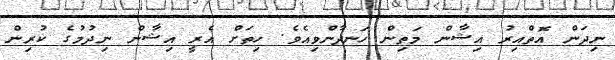
ނިދަން އޮތްއިރު އިޝާން މަތިން ހަނދާންވިއެވެ. ހިތަށް އެރީ އިޝާން ނިދުމުގެ ކުރިން